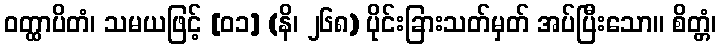
ဝတ္ထာပိတံ၊ သမယဖြင့် [၀၁] (နိ၊ ၂၆၈) ပိုင်းခြားသတ်မှတ် အပ်ပြီးသော။ စိတ္တံ၊